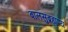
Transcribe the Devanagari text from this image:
बालसुब्रह्मण्य